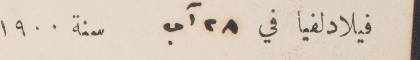
فيلادلفيا في ٢٨ آب سنة ١٩٠٠